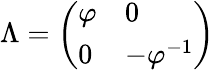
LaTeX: \Lambda={\left(\begin{array}{ll}{\varphi}&{0}\\ {0}&{-\varphi^{-1}}\end{array}\right)}